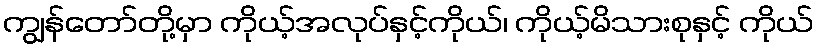
ကျွန်တော်တို့မှာ ကိုယ့်အလုပ်နှင့်ကိုယ်၊ ကိုယ့်မိသားစုနှင့် ကိုယ်